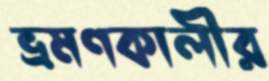
ভ্রমণকালীর